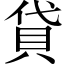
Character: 貸